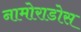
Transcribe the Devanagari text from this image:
नामोराडोस